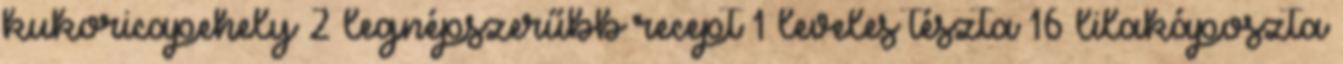
kukoricapehely 2 legnépszerűbb recept 1 leveles tészta 16 lilakáposzta